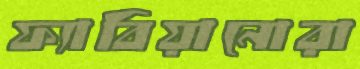
ফ্যাবিয়ানোরা